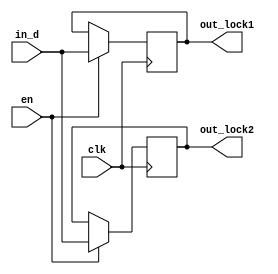
module exp4_1(clk,in_d,en,out_lock1,out_lock2);
	input clk,in_d,en;
	output reg out_lock1, out_lock2;
	
	always @(posedge clk) begin
		if(en)
			begin
				out_lock1=in_d;
				out_lock2=out_lock1;
			end
		else
			begin
				out_lock1=out_lock1;
				out_lock2=out_lock2;
			end
	end
	
endmodule